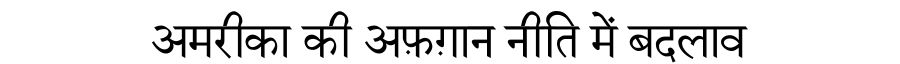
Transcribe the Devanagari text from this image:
अमरीका की अफ़ग़ान नीति में बदलाव